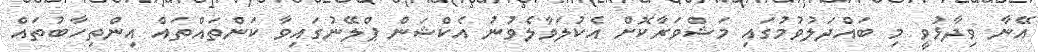
އޭނާ ވިދާޅުވީ މި ބައްދަލުވުމުގައި މަޝްވަރާކޮށް އެކުލަވާލެވުނު އެކްޝަން ޕްލޭނުގައިވާ ކަންތައްތައް އިންތިހާބުތައް